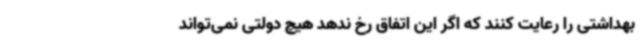
بهداشتی را رعایت کنند که اگر این اتفاق رخ ندهد هیچ دولتی نمی‌تواند